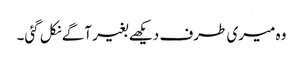
وہ میری طرف دیکھے بغیر آگے نکل گئی۔